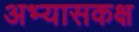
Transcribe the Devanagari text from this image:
अभ्यासकक्ष